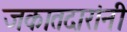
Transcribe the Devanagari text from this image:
जकातदारांनी